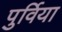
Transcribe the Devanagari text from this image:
पुर्विया